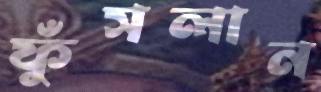
ফুঁসলান